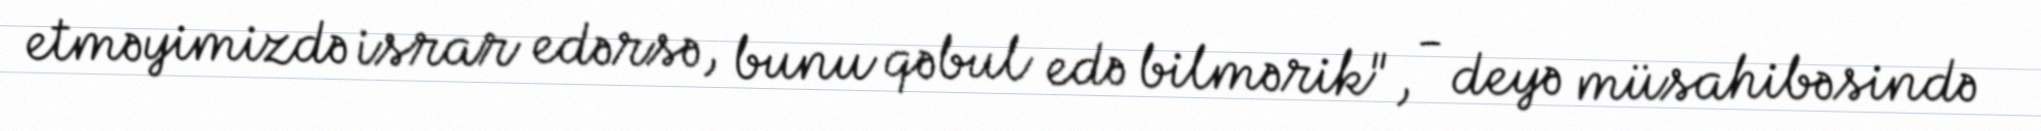
etməyimizdə israr edərsə, bunu qəbul edə bilmərik", - deyə müsahibəsində